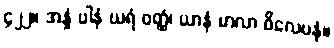
၄၂၂။ အန္နံ ပါနံ ဃရံ ဝတ္ထံ၊ ယာနံ မာလာ ဝိလေပနံ။